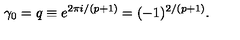
\gamma _ { 0 } = q \equiv e ^ { 2 \pi i / ( p + 1 ) } = ( - 1 ) ^ { 2 / ( p + 1 ) } .